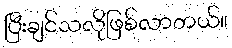
ပြီးချင်သလိုဖြစ်လာတယ်။